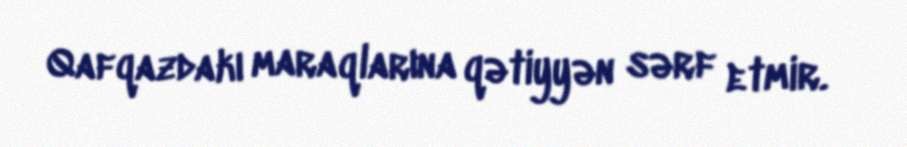
Qafqazdakı maraqlarına qətiyyən sərf etmir.